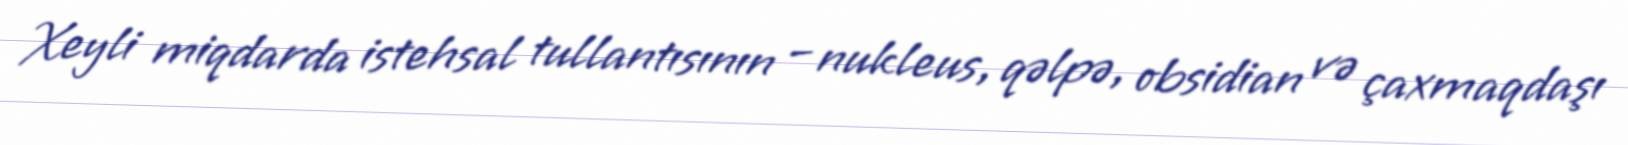
Xeyli miqdarda istehsal tullantısının – nukleus, qəlpə, obsidian və çaxmaqdaşı